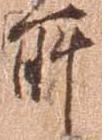
所